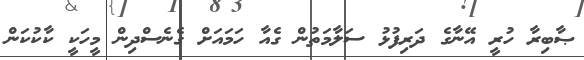
ޞާބިރާ ހުރީ އޭނާގެ ދަރިފުޅު ސަލާމަތުން ގެއާ ހަމައަށް ގެނެސްދިން މީހަކީ ކާކުކަން